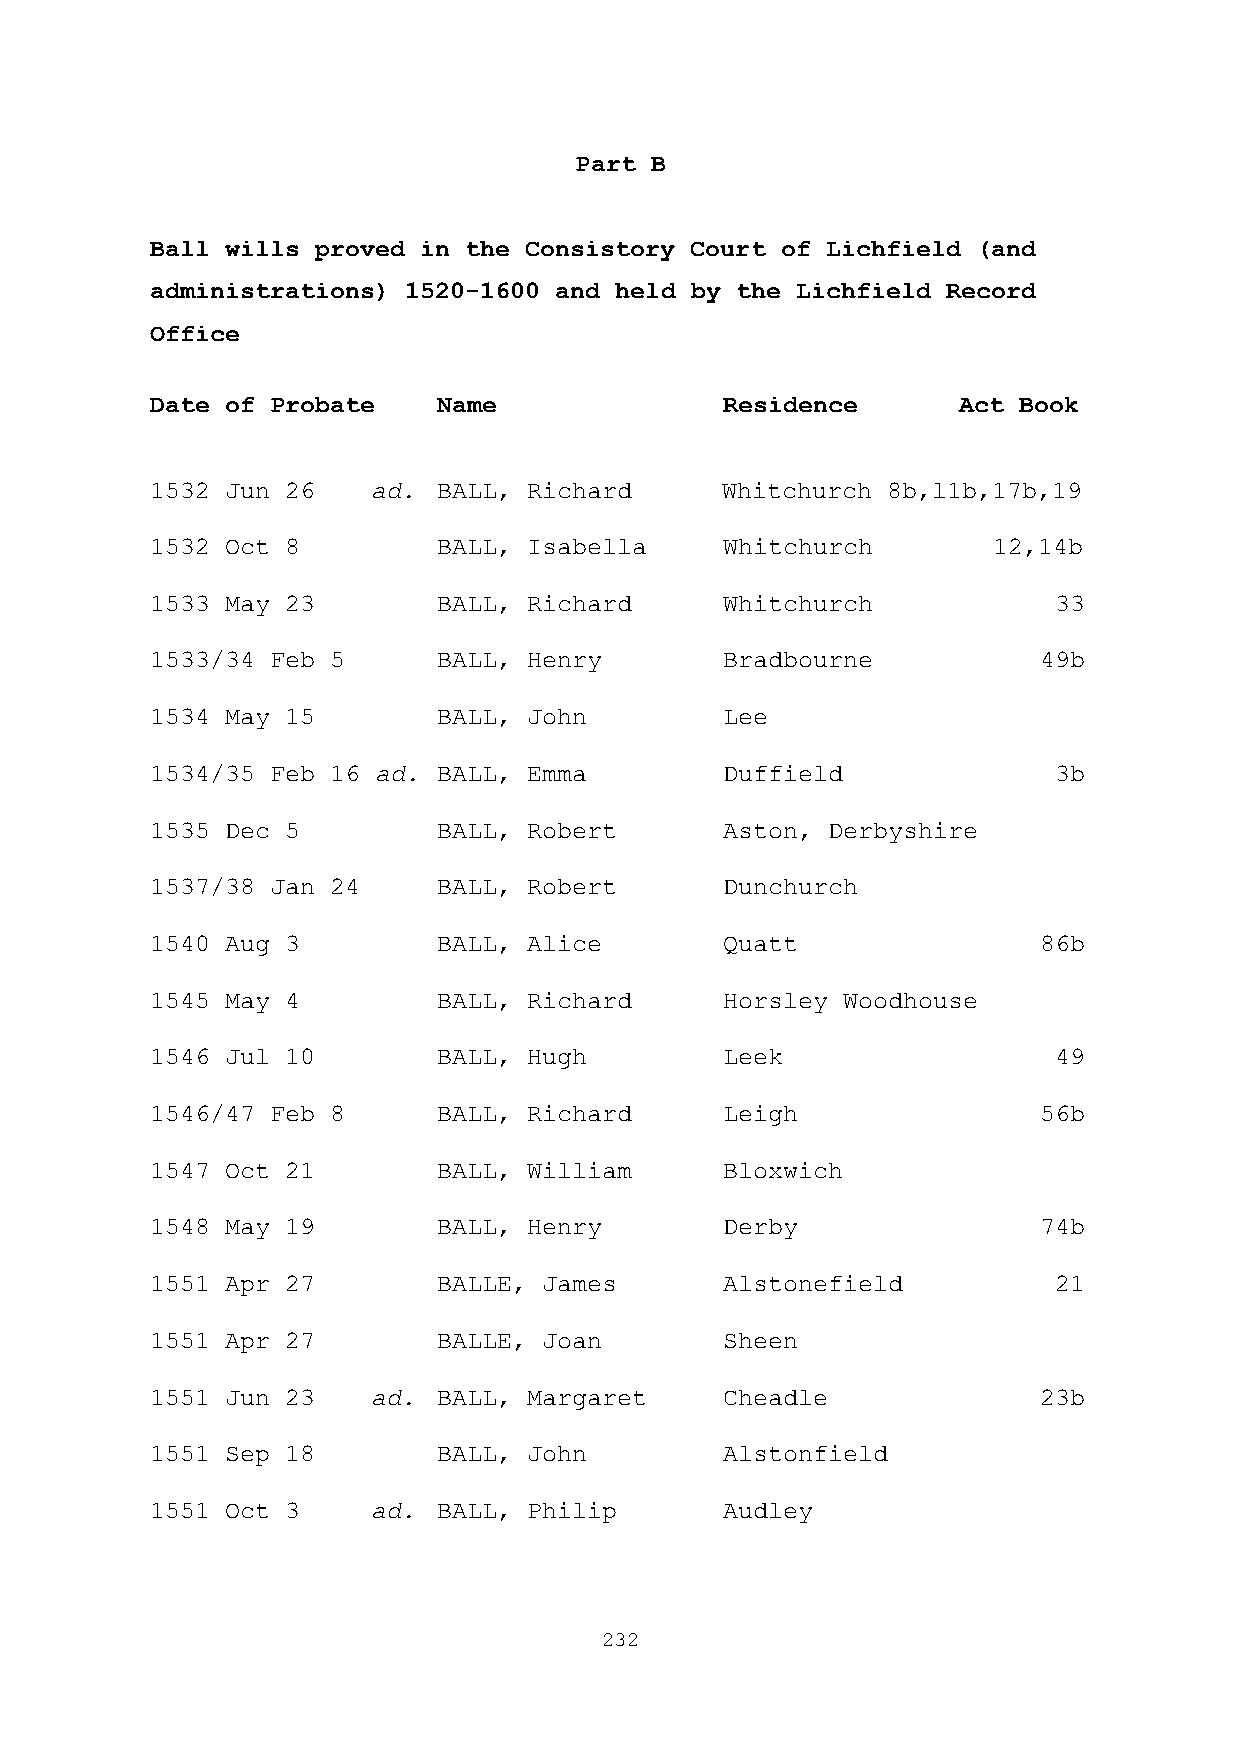
Part B
 Ball wills proved in the Consistory Court of Lichfield (and
 administrations) 1520-1600 and held by the Lichfield Record
 Office
 Date of Probate    Name               Residence      Act Book
 1532 Jun 26    ad. BALL, Richard      Whitchurch 8b,l1b,17b,19
 1532 Oct 8         BALL, Isabella     Whitchurch        12,14b
 1533 May 23        BALL, Richard      Whitchurch            33
 1533/34 Feb 5      BALL, Henry        Bradbourne           49b
 1534 May 15        BALL, John         Lee
 1534/35 Feb 16 ad. BALL, Emma         Duffield              3b
 1535 Dec 5         BALL, Robert       Aston, Derbyshire
 1537/38 Jan 24     BALL, Robert       Dunchurch
 1540 Aug 3         BALL, Alice        Quatt                86b
 1545 May 4         BALL, Richard      Horsley Woodhouse
 1546 Jul 10        BALL, Hugh         Leek                  49
 1546/47 Feb 8      BALL, Richard      Leigh                56b
 1547 Oct 21        BALL, William      Bloxwich
 1548 May 19        BALL, Henry        Derby                74b
 1551 Apr 27        BALLE, James       Alstonefield          21
 1551 Apr 27        BALLE, Joan        Sheen
 1551 Jun 23    ad. BALL, Margaret     Cheadle              23b
 1551 Sep 18        BALL, John         Alstonfield
 1551 Oct 3     ad. BALL, Philip       Audley
 232